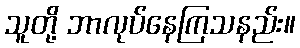
သူတို့ ဘာလုပ်နေကြသနည်း။